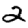
Digit: 2